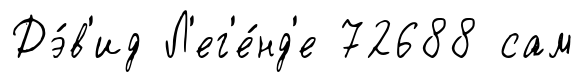
Дэ́в'ид Л'ег'е́нд'е 72688 сам